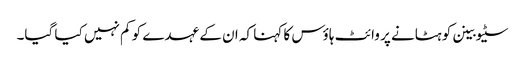
سٹیو بینن کو ہٹانے پر وائٹ ہاؤس کا کہنا کہ ان کے عہدے کو کم نہیں کیا گیا۔